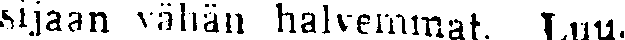
sljaan vähän halvemmat. Luu.